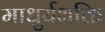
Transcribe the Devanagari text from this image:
माधुर्यभक्ति